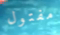
مفتول